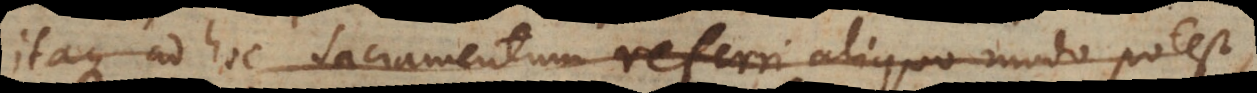
Itaque ad hoc Sacramentum referri aliquo modo potest,